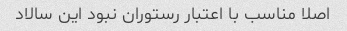
اصلا مناسب با اعتبار رستوران نبود این سالاد